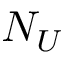
N _ { U }